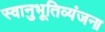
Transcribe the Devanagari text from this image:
स्वानुभूतिव्यंजना